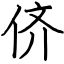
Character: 侪